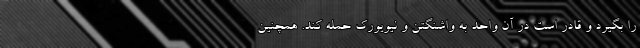
را بگیرد و قادر است در آن واحد به واشنگتن و نیویورک حمله کند. همچنین